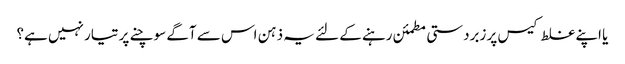
یا اپنے غلط کیس پر زبردستی مطمئن رہنے کے لئے یہ ذہن اس سے آگے سوچنے پر تیار نہیں ہے؟